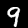
Digit: 9